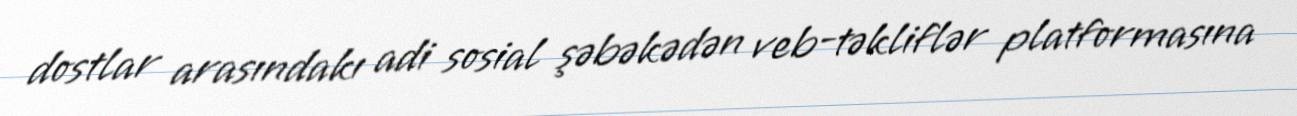
dostlar arasındakı adi sosial şəbəkədən veb-təkliflər platformasına